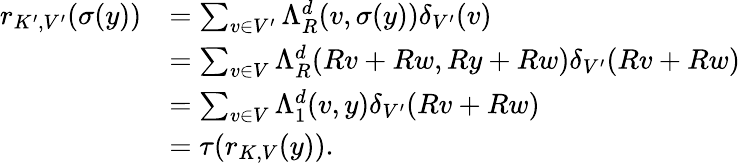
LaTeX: \begin{array}{rl}{r_{K^{\prime},V^{\prime}}(\sigma(y))}&{=\sum_{v\in V^{\prime}}\Lambda_{R}^{d}(v,\sigma(y))\delta_{V^{\prime}}(v)}\\ &{=\sum_{v\in V}\Lambda_{R}^{d}(Rv+Rw,Ry+Rw)\delta_{V^{\prime}}(Rv+Rw)}\\ &{=\sum_{v\in V}\Lambda_{1}^{d}(v,y)\delta_{V^{\prime}}(Rv+Rw)}\\ &{=\tau(r_{K,V}(y))\mathrm{.}}\end{array}